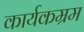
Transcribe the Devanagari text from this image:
कार्यकम्रम